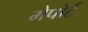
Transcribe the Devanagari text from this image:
मेपोर्ट